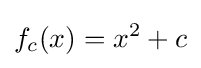
f_{c}(x)=x^{2}+c